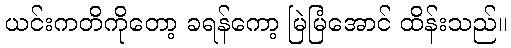
ယင်းကတိကိုတော့ ခရန်ကော့ မြဲမြံအောင် ထိန်းသည်။